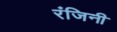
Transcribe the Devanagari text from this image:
रंजिनी